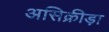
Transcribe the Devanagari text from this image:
असिक्रीड़ा